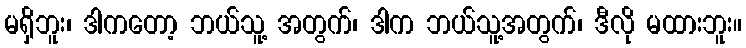
မရှိဘူး၊ ဒါကတော့ ဘယ်သူ့ အတွက်၊ ဒါက ဘယ်သူ့အတွက်၊ ဒီလို မထားဘူး။